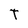
Character: T